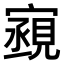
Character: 𫴏